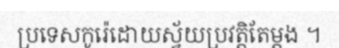
ប្រទេសកូរ៉េដោយស្វ័យប្រវត្តិតែម្តង ។